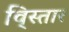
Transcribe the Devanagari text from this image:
वि्स्तार